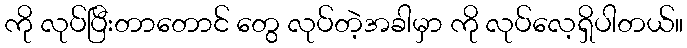
ကို လုပ်ပြီးတာတောင် တွေ လုပ်တဲ့အခါမှာ ကို လုပ်လေ့ရှိပါတယ်။